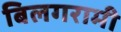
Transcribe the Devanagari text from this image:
बिलगरामी